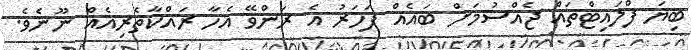
ބިޔަ ފްލައިޓްތައް ޖެއްސުމަށް ބައެއް ފަހަރު އެ ރަންވޭ އެހާ ރައްކާތެރިއެއް ނޫނެވެ.